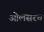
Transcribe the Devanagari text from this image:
ओलसरच